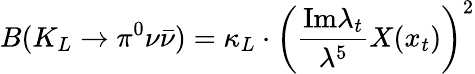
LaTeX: B(K_{L}\to\pi^{0}\nu\bar{\nu})=\kappa_{L}\cdot\left(\frac{\mathrm{Im}\lambda_{t}}{\lambda^{5}}X(x_{t})\right)^{2}